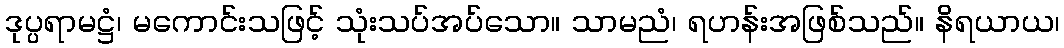
ဒုပ္ပရာမဋ္ဌံ၊ မကောင်းသဖြင့် သုံးသပ်အပ်သော။ သာမညံ၊ ရဟန်းအဖြစ်သည်။ နိရယာယ၊